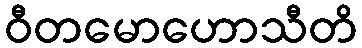
ဝီတမောဟောသီတိ